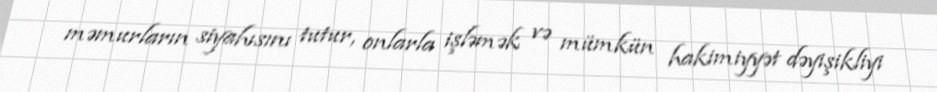
məmurların siyahısını tutur, onlarla işləmək və mümkün hakimiyyət dəyişikliyi